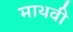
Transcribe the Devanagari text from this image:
माथवी